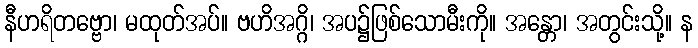
နီဟရိတဗ္ဗော၊ မထုတ်အပ်။ ဗဟိအဂ္ဂိ၊ အပ၌ဖြစ်သောမီးကို။ အန္တော၊ အတွင်းသို့။ န